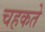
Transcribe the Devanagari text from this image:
चहकते